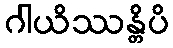
ဂါယိဿန္တိပိ